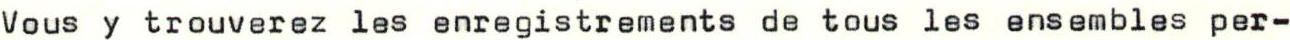
Vous y trouverez les enregistrements de tous les ensembles per-